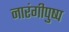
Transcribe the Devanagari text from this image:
नारंगीपुष्प